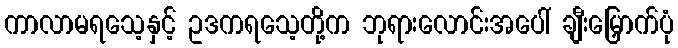
ကာလာမရသေ့နှင့် ဥဒကရသေ့တို့က ဘုရားလောင်းအပေါ် ချီးမြှောက်ပုံ